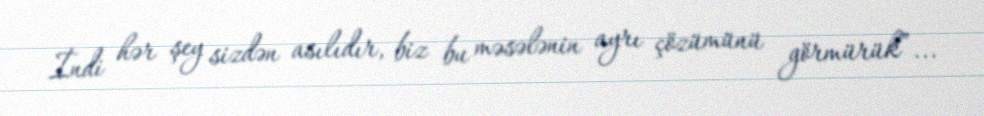
İndi hər şey sizdən asılıdır, biz bu məsələnin ayrı çözümünü görmürük”...